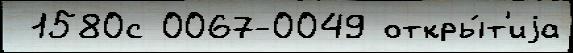
 1580с 0067-0049 откры́т'иjа